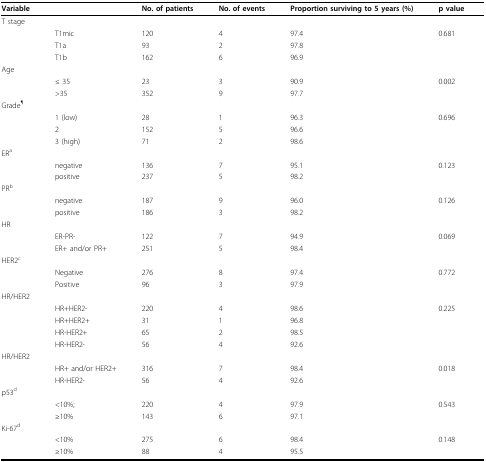
<table><thead><tr><td><b>Variable</b></td><td></td><td><b>No. of patients</b></td><td><b>No. of events</b></td><td><b>Proportion surviving to 5 years (%)</b></td><td><b>p value</b></td></tr></thead><tbody><tr><td>T stage</td><td></td><td></td><td></td><td></td><td></td></tr><tr><td></td><td>T1mic</td><td>120</td><td>4</td><td>97.4</td><td>0.681</td></tr><tr><td></td><td>T1a</td><td>93</td><td>2</td><td>97.8</td><td></td></tr><tr><td></td><td>T1b</td><td>162</td><td>6</td><td>96.9</td><td></td></tr><tr><td>Age</td><td></td><td></td><td></td><td></td><td></td></tr><tr><td></td><td>≤ 35</td><td>23</td><td>3</td><td>90.9</td><td>0.002</td></tr><tr><td></td><td>&gt;35</td><td>352</td><td>9</td><td>97.7</td><td></td></tr><tr><td>Grade<sup>¶</sup></td><td></td><td></td><td></td><td></td><td></td></tr><tr><td></td><td>1 (low)</td><td>28</td><td>1</td><td>96.3</td><td>0.696</td></tr><tr><td></td><td>2</td><td>152</td><td>5</td><td>96.6</td><td></td></tr><tr><td></td><td>3 (high)</td><td>71</td><td>2</td><td>98.6</td><td></td></tr><tr><td>ER<sup>a</sup></td><td></td><td></td><td></td><td></td><td></td></tr><tr><td></td><td>negative</td><td>136</td><td>7</td><td>95.1</td><td>0.123</td></tr><tr><td></td><td>positive</td><td>237</td><td>5</td><td>98.2</td><td></td></tr><tr><td>PR<sup>b</sup></td><td></td><td></td><td></td><td></td><td></td></tr><tr><td></td><td>negative</td><td>187</td><td>9</td><td>96.0</td><td>0.126</td></tr><tr><td></td><td>positive</td><td>186</td><td>3</td><td>98.2</td><td></td></tr><tr><td>HR</td><td></td><td></td><td></td><td></td><td></td></tr><tr><td></td><td>ER-PR-</td><td>122</td><td>7</td><td>94.9</td><td>0.069</td></tr><tr><td></td><td>ER+ and/or PR+</td><td>251</td><td>5</td><td>98.4</td><td></td></tr><tr><td>HER2<sup>c</sup></td><td></td><td></td><td></td><td></td><td></td></tr><tr><td></td><td>Negative</td><td>276</td><td>8</td><td>97.4</td><td>0.772</td></tr><tr><td></td><td>Positive</td><td>96</td><td>3</td><td>97.9</td><td></td></tr><tr><td colspan="2">HR/HER2</td><td></td><td></td><td></td><td></td></tr><tr><td></td><td>HR+HER2-</td><td>220</td><td>4</td><td>98.6</td><td>0.225</td></tr><tr><td></td><td>HR+HER2+</td><td>31</td><td>1</td><td>96.8</td><td></td></tr><tr><td></td><td>HR-HER2+</td><td>65</td><td>2</td><td>98.5</td><td></td></tr><tr><td></td><td>HR-HER2-</td><td>56</td><td>4</td><td>92.6</td><td></td></tr><tr><td colspan="2">HR/HER2</td><td></td><td></td><td></td><td></td></tr><tr><td></td><td>HR+ and/or HER2+</td><td>316</td><td>7</td><td>98.4</td><td>0.018</td></tr><tr><td></td><td>HR-HER2-</td><td>56</td><td>4</td><td>92.6</td><td></td></tr><tr><td>p53<sup>d</sup></td><td></td><td></td><td></td><td></td><td></td></tr><tr><td></td><td>&lt;10%;</td><td>220</td><td>4</td><td>97.9</td><td>0.543</td></tr><tr><td></td><td>≥10%</td><td>143</td><td>6</td><td>97.1</td><td></td></tr><tr><td>Ki-67<sup>d</sup></td><td></td><td></td><td></td><td></td><td></td></tr><tr><td></td><td>&lt;10%</td><td>275</td><td>6</td><td>98.4</td><td>0.148</td></tr><tr><td></td><td>≥10%</td><td>88</td><td>4</td><td>95.5</td><td></td></tr></tbody></table>